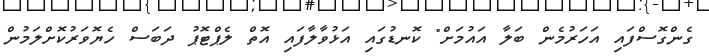
ގެންގޮސްފައި އަހަރުމެން ބަލާ އައުމަށް" ކޮނޑުގައި އަޅުވާލާފައި އޮތް ލެޕްޓޮޕު ދަބަސް ހެޔޮވަރުކޮށްލަމުން